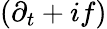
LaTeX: (\partial_{t}+if)